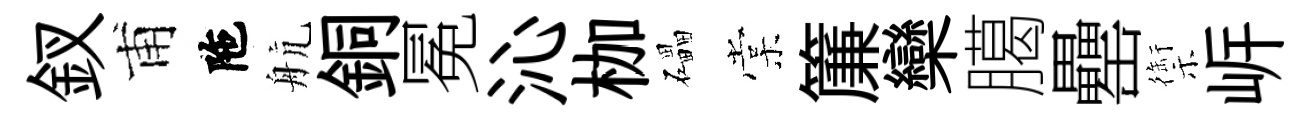
釵甫陁航銅冕沁枷礧棠簾欒臈罍禦㟁